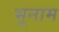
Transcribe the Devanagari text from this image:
भूनाम